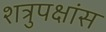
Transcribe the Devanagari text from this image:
शत्रुपक्षांस